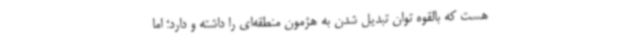
هست که بالقوه توان تبدیل شدن به هژمون منطقه‌ای را داشته و دارد؛ اما